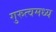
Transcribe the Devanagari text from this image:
गुरुत्वमध्य